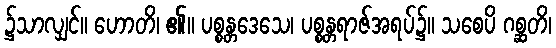
၌သာလျှင်။ ဟောတိ၊ ၏။ ပစ္စန္တဒေသေ၊ ပစ္စန္တရာဇ်အရပ်၌။ သစေပိ ဂစ္ဆတိ၊